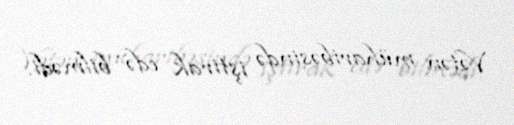
Vətən müharibəsində iştirak edə bilmədi.